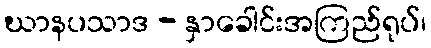
ဃာနပသာဒ - နှာခေါင်းအကြည်ရုပ်၊